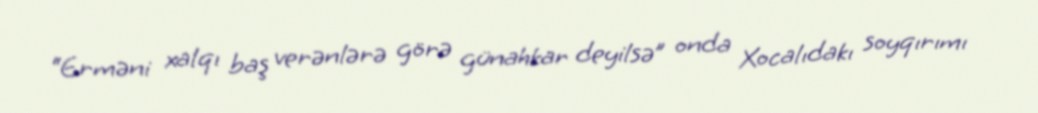
“Erməni xalqı baş verənlərə görə günahkar deyilsə” onda Xocalıdakı soyqırımı